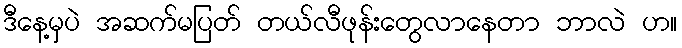
ဒီနေ့မှပဲ အဆက်မပြတ် တယ်လီဖုန်းတွေလာနေတာ ဘာလဲ ဟ။